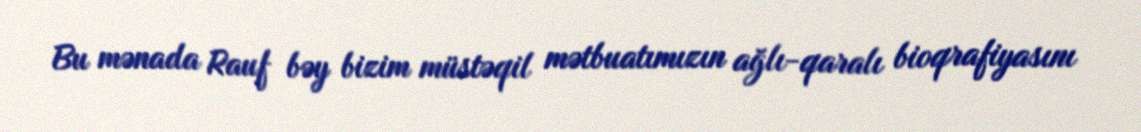
Bu mənada Rauf bəy bizim müstəqil mətbuatımızın ağlı-qaralı bioqrafiyasını